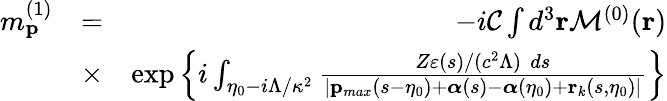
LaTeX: \begin{array}{rlr}{m_{\mathbf{p}}^{(1)}}&{=}&{-i{\cal C}\int d^{3}\mathbf{r}{\cal M}^{(0)}(\mathbf{r})}\\ &{\times}&{\exp\left\{ i\int_{\eta_{0}-i\Lambda/\kappa^{2}}\frac{Z\varepsilon(s)/(c^{2}\Lambda)\, \, ds}{|\mathbf{p}_{max}(s-\eta_{0})+{\boldsymbol\alpha}(s)-{\boldsymbol\alpha}(\eta_{0})+\mathbf{r}_{k}(s,\eta_{0})|}\right\} }\end{array}